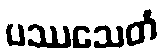
ပဿသေတံ